Juri_Uluots, lk 6
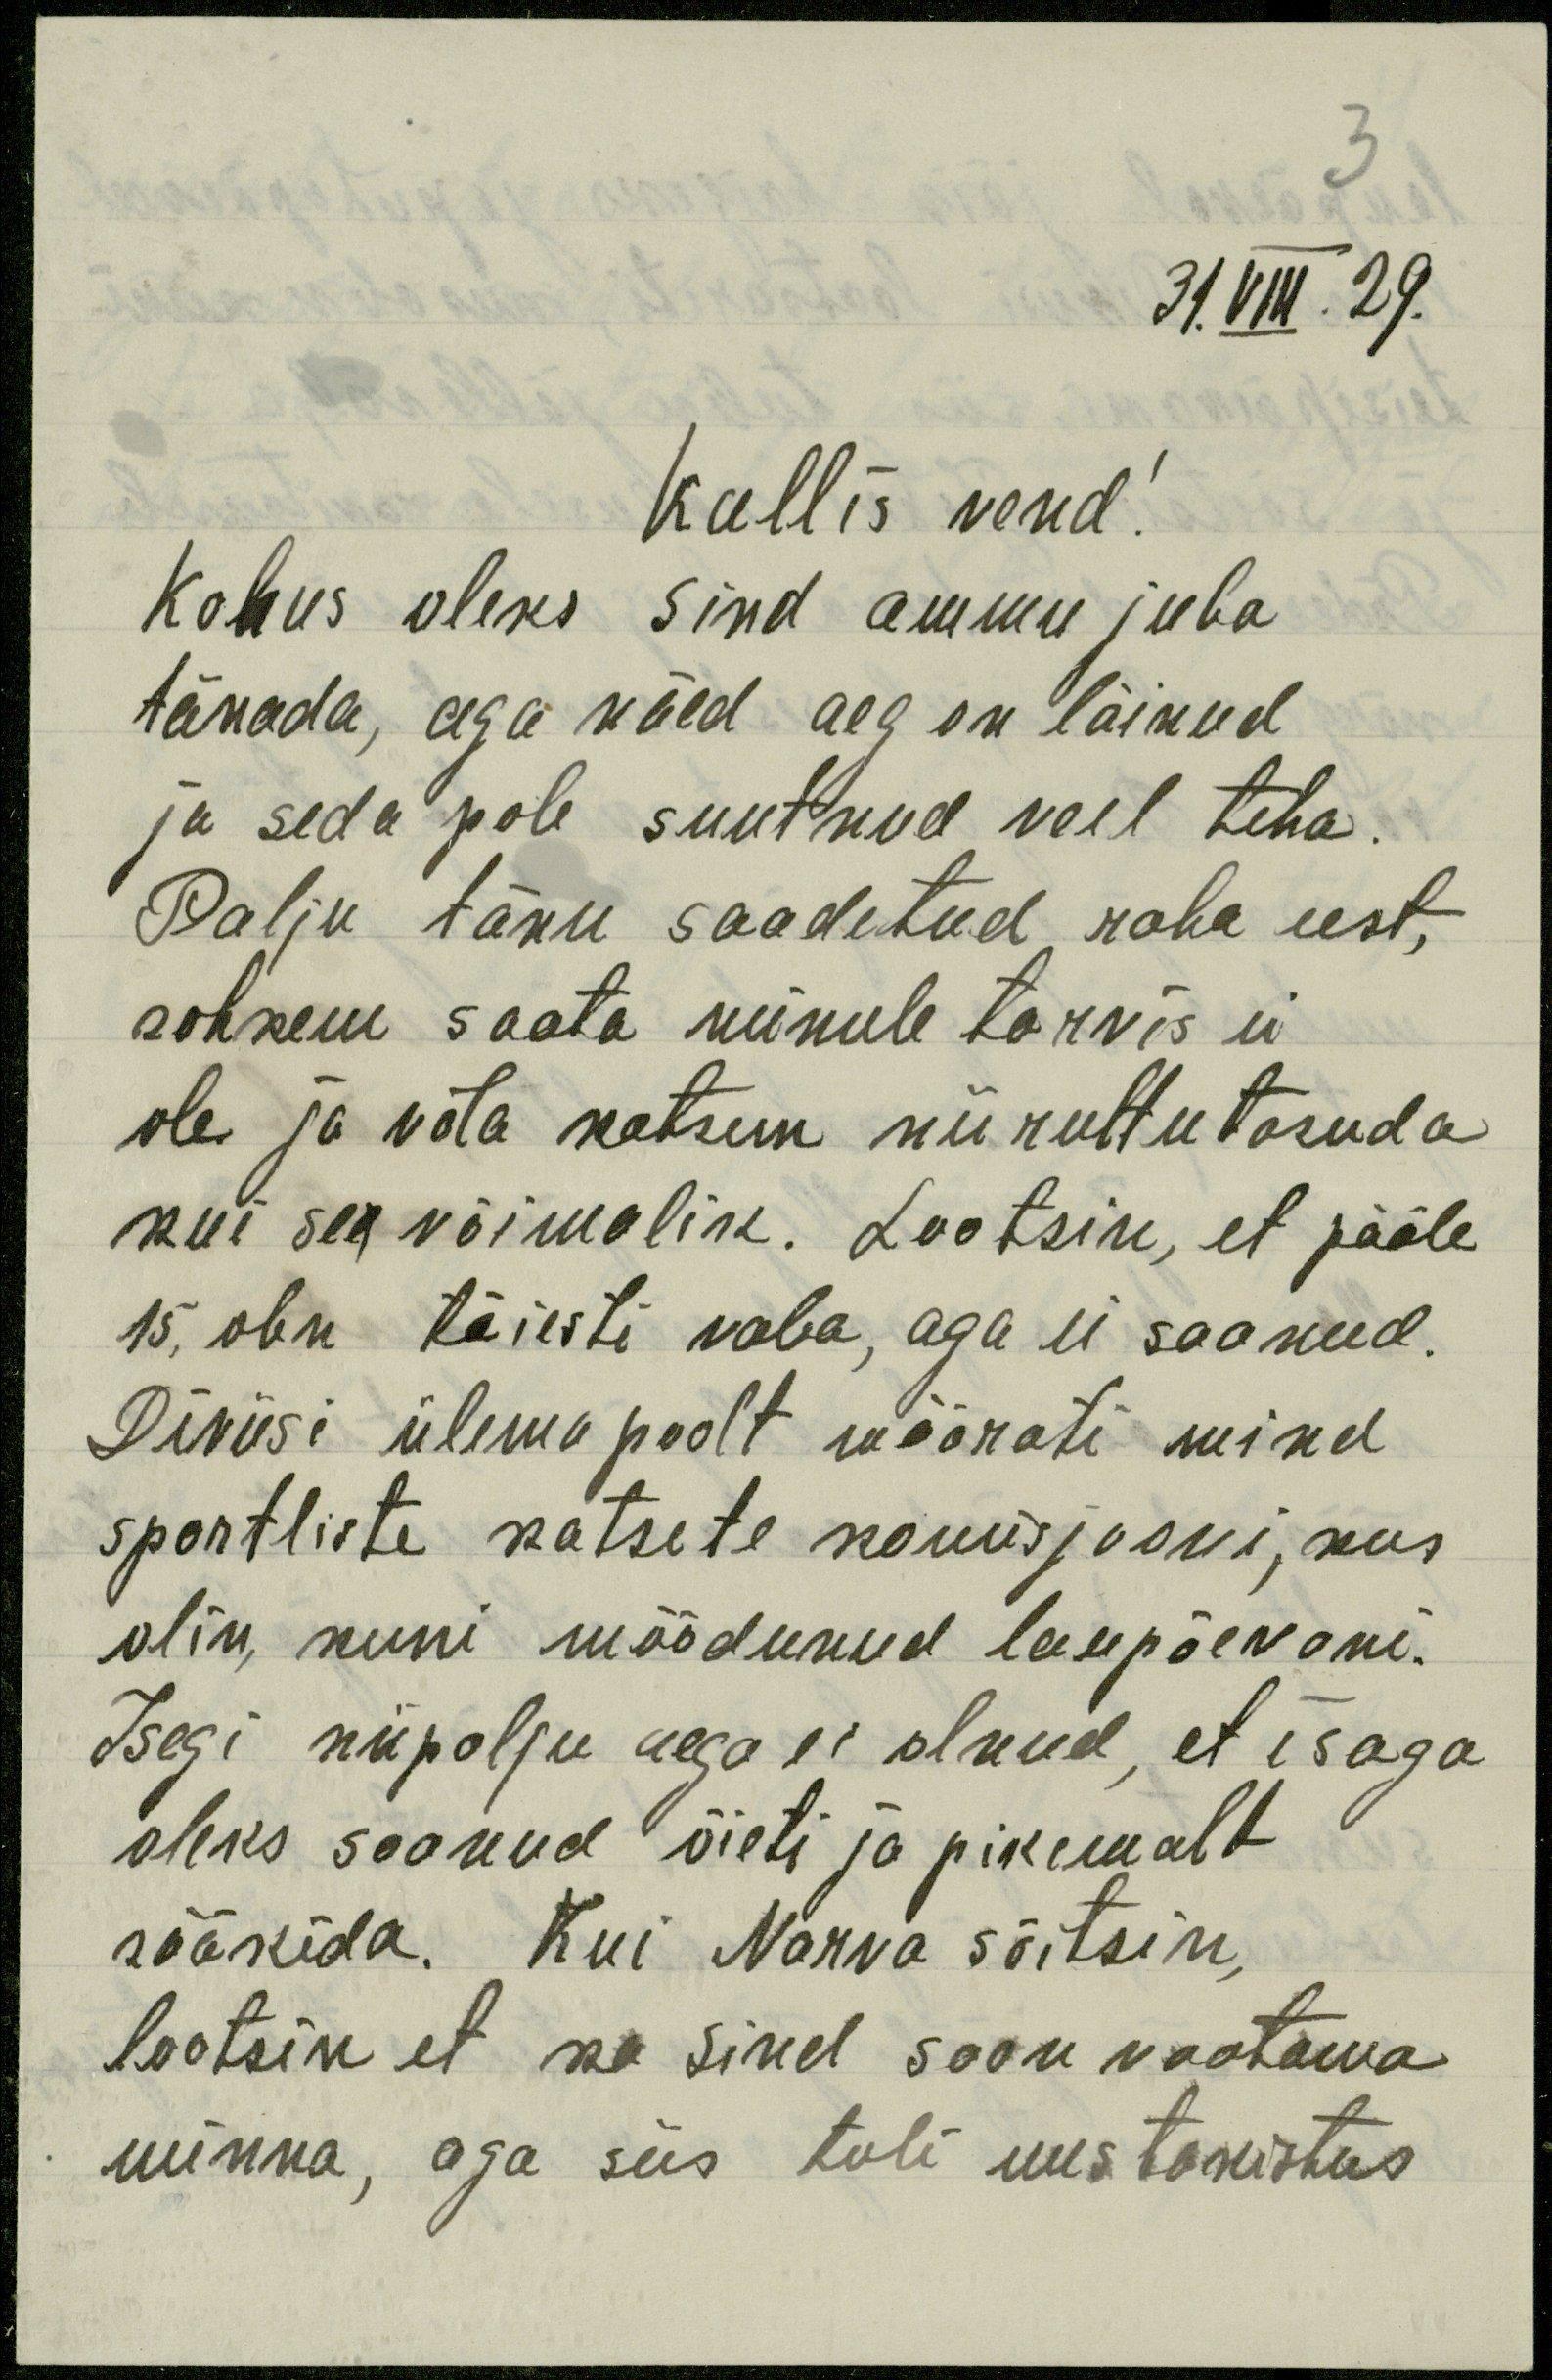
31.VIII.29.
Kallis vend!
Kohus oleks sind ammu juba
tänada, aga näed aeg on läinud
ja seda pole suutnud veel teha.
Palju tänu saadetud raha eest,
rohkem saata minule tarvis ei
ole ja võla katsun nii ruttu tasuda
kui see võimalik. Lootsin, et pääle
15, olen täiesti vaba, aga ei saanud.
Diviisi ülema poolt määrati mind
sportliste katsete komisjooni, kus
olin kuni möödunud laupäevani.
Isegi niipalju aega ei olnud, et isaga
oleks saanud õieti ja pikemalt
rääkida. Kui Narva sõitsin,
lootsin et ka sind saan vaatama
minna, aga siis tuli uus takistus